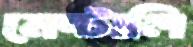
মেন্টালি